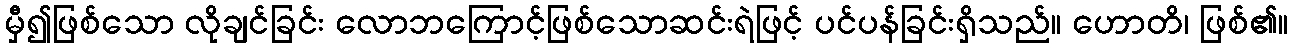
မှီ၍ဖြစ်သော လိုချင်ခြင်း လောဘကြောင့်ဖြစ်သောဆင်းရဲဖြင့် ပင်ပန်ခြင်းရှိသည်။ ဟောတိ၊ ဖြစ်၏။